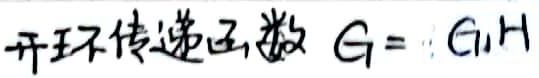
开环传递函数 \(G = G_1H\)